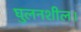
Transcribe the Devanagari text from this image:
घुलनशील।